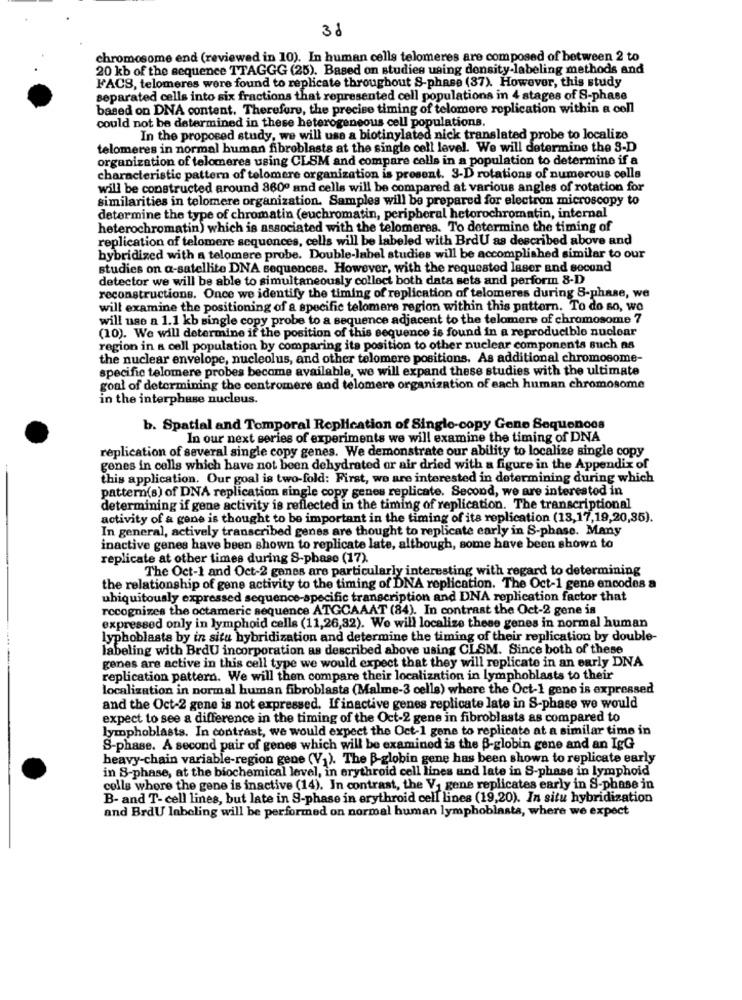
38
chromosome end (reviewed in 10). In human cells telomeres are composed of between 2 to
20 kb of the sequence TTAGGG (25). Based on studies using density-labeling methods and
FACS, telomeres were found to replicate throughout S-phase (37). However, this study
separated cells into six fractions that represented cell populations in 4 stages of S-phase
based on DNA content. Therefore, the precise timing of telomere replication within a coll
could not be determined in these heterogeneous cell populations.
In the proposed study, we will use a biotinylated nick translated probe to localize
telomeres in normal human fibroblasts at the single cell level. We will determine the 3-D
organization of telomeres using CLSM and compare cells in a population to determine if a
characteristic pattern of telomere organization is present. 3-D rotations of numerous cells
will be constructed around 860º and cells will be compared at various angles of rotation for
similarities in telomere organization. Samples will be prepared for electron microscopy to
determine the type of chromatin (euchromatin, peripheral hetorochromatin, internal
heterochromatin) which is associated with the telomeres. To determine the timing of
replication of telomere sequences, cells will be labeled with BrdU as described above and
hybridized with a telomere probe. Double-label studies will be accomplished similar to our
studies on a-satellite DNA sequences. However, with the requested laser and second
detector we will be able to simultaneously collect both data sets and perform 8-D
reconstructions. Once we identify the timing of replication of telomeres during S-phase, we
will examine the positioning of a specific telomere region within this pattern. To do so, wo
will use a 1.1 kb single copy probe to a sequence adjacent to the telomere of chromosome 7
(10). We will determine if the position of this sequence is found in a reproducible nuclear
region in a cell population by comparing its position to other nuclear components such as
the nuclear envelope, nucleolus, and other telomere positions. As additional chromosome-
specific telomere probes become available, we will expand these studies with the ultimate
goal of determining the centromere and telomere organization of each human chromosome
in the interphase nucleus.
b. Spatial and Temporal Replication of Single-copy Gene Sequences
In our next series of experiments we will examine the timing of DNA
replication of several single copy genes. We demonstrate our ability to localize single copy
genes in colls which have not been dehydrated or air dried with a figure in the Appendix of
this application. Our goal is two-fold: First, we are interested in determining during which
pattern(s) of DNA replication single copy genes replicate. Second, we are interested in
determining if gene activity is reflected in the timing of replication. The transcriptional
activity of a gene is thought to be important in the timing of its replication (13,17,19,20,35).
In general, actively transcribed genes are thought to replicate early in S-phase. Many
inactive genes have been shown to replicate late, although, some have been shown to
replicate at other times during S-phase (17).
The Oct-1 and Oct-2 genes are particularly interesting with regard to determining
the relationship of gene activity to the timing of DNA replication. The Oct-1 gene encodes a
ubiquitously expressed sequence-specific transcription and DNA replication factor that
recognizes the octameric sequence ATGCAAAT (84). In contrast the Oct-2 gene is
expressed only in lymphoid cells (11,26,32). We will localize these genes in normal human
lyphoblasts by in situ hybridization and determine the timing of their replication by double-
labeling with BrdU incorporation as described above using CLSM. Since both of these
genes are active in this cell type we would expect that they will replicate in an early DNA
replication pattern. We will then compare their localization in lymphoblasts to their
localization in normal human fibroblasts (Malme-3 cells) where the Oct-1 gene is expressed
and the Oct-2 gene is not expressed. If inactive genes replicate late in S-phase we would
expect to see a difference in the timing of the Oct-2 gene in fibroblasts as compared to
lymphoblasts. In contrast, we would expect the Oct-1 gene to replicate at a similar time in
S-phase. A second pair of genes which will be examined is the B-globin gene and an IgG
heavy-chain variable-region gene (V.). The B-globin gene has been shown to replicate early
in S-phase, at the biochemical level, in erythroid cell lines and late in S-phase in lymphoid
colls whore the gene is inactive (14). In contrast, the V, gene replicates early in S-phase in
B- and T- cell lines, but late in 9-phase in erythroid cell lines (19,20). In situ hybridization
and BrdU labeling will be performed on normal human lymphoblasta, where we expect